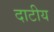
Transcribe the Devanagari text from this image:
दाटीय